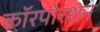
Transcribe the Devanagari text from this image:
कॉरपोरशन